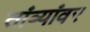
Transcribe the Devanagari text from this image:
तांब्यांवर